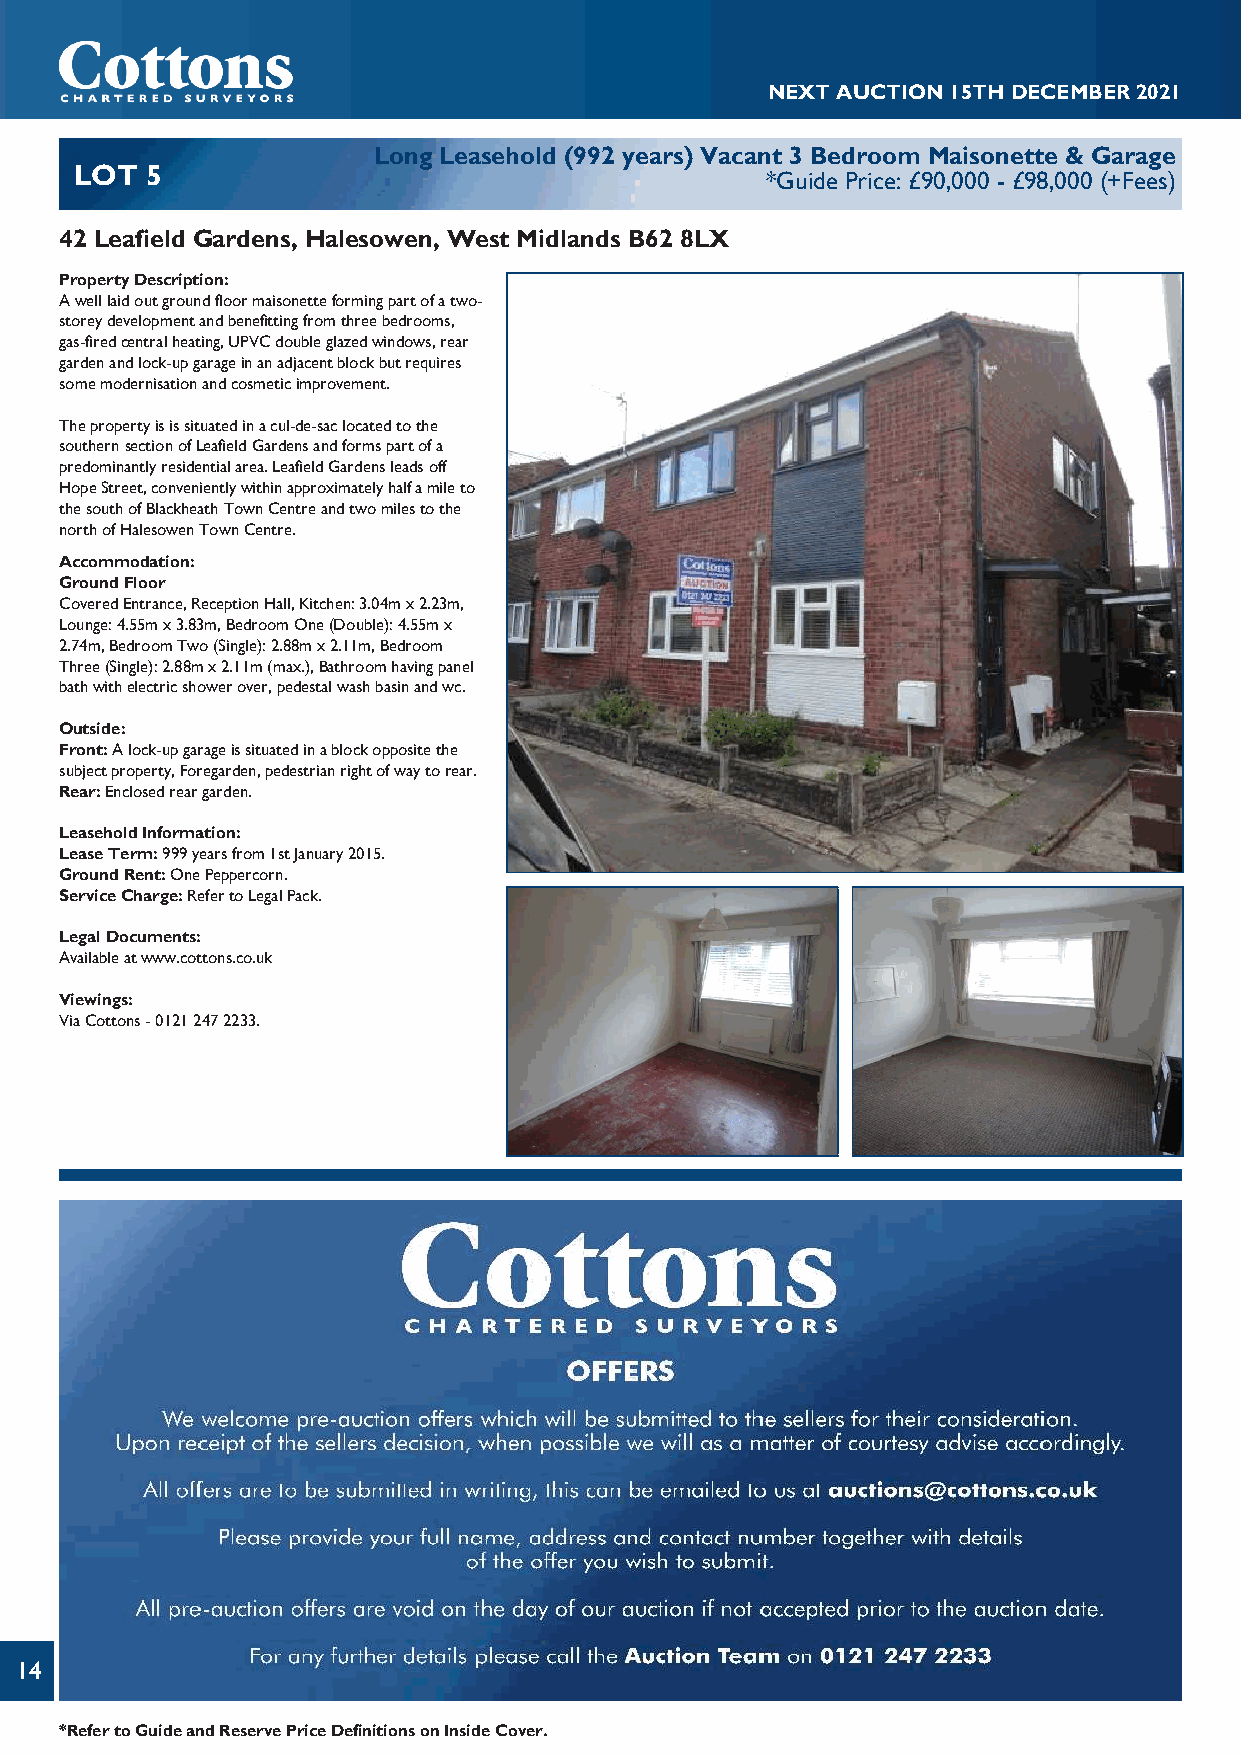
NEXTAUCTION15THDECEMBER2021
 Long Leasehold (992 years) Vacant 3 Bedroom Maisonette & Garage
 LOT  5
 *Guide Price: £90,000 - £98,000 (+Fees)
 42 Leafield Gardens, Halesowen, West Midlands B62 8LX
 PropertyDescription:
 Awelllaidoutgroundfloormaisonetteformingpartofatwo-
 storeydevelopmentandbenefittingfromthreebedrooms,
 gas-firedcentralheating,UPVCdoubleglazedwindows,rear
 gardenandlock-upgarageinanadjacentblockbutrequires
 somemodernisationandcosmeticimprovement.
 Thepropertyisissituatedinacul-de-saclocatedtothe
 southernsectionofLeafieldGardensandformspartofa
 predominantlyresidentialarea.LeafieldGardensleadsoff
 HopeStreet,convenientlywithinapproximatelyhalfamileto
 thesouthofBlackheathTownCentreandtwomilestothe
 northofHalesowenTownCentre.
 Accommodation:
 GroundFloor
 CoveredEntrance,ReceptionHall,Kitchen:3.04mx2.23m,
 Lounge:4.55mx3.83m,BedroomOne(Double):4.55mx
 2.74m,BedroomTwo(Single):2.88mx2.11m,Bedroom
 Three(Single):2.88mx2.11m(max.),Bathroomhavingpanel
 bathwithelectricshowerover,pedestalwashbasinandwc.
 Outside:
 Front:Alock-upgarageissituatedinablockoppositethe
 subjectproperty,Foregarden,pedestrianrightofwaytorear.
 Rear:Enclosedreargarden.
 LeaseholdInformation:
 LeaseTerm:999yearsfrom1stJanuary2015.
 GroundRent:OnePeppercorn.
 ServiceCharge:RefertoLegalPack.
 LegalDocuments:
 Availableatwww.cottons.co.uk
 Viewings:
 ViaCottons-01212472233.
 14
 *RefertoGuideandReservePriceDefinitionsonInsideCover.